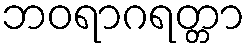
ဘဝရာဂရတ္တာ